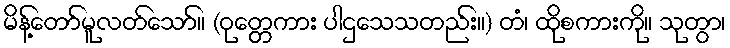
မိန့်တော်မူလတ်သော်။ (ဝုတ္တေကား ပါဌသေသတည်း။) တံ၊ ထိုစကားကို။ သုတွာ၊